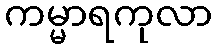
ကမ္မာရကုလာ